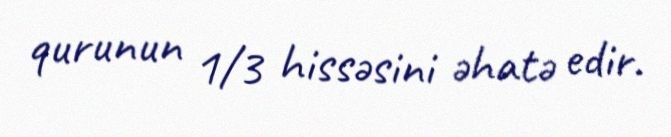
qurunun 1/3 hissəsini əhatə edir.